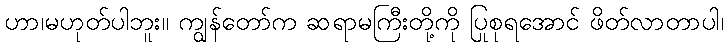
ဟာ၊မဟုတ်ပါဘူး။ ကျွန်တော်က ဆရာမကြီးတို့ကို ပြုစုရအောင် ဖိတ်လာတာပါ၊